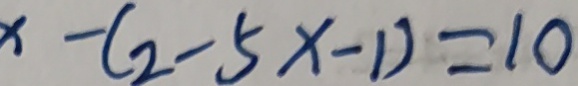
x - ( 2 - 5 x - 1 ) = 1 0